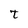
Character: t